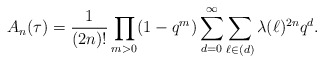
\begin{align*}A_n(\tau)=\frac{1}{(2n)!}\prod_{m>0}(1-q^m)\sum_{d=0}^{\infty}\sum_{\ell\in (d)} \lambda(\ell)^{2n}q^d.\end{align*}